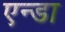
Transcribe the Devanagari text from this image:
एन्डा